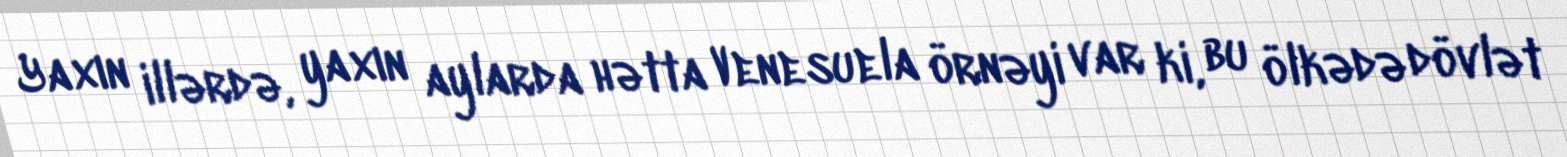
Yaxın illərdə, yaxın aylarda hətta Venesuela örnəyi var ki, bu ölkədə dövlət